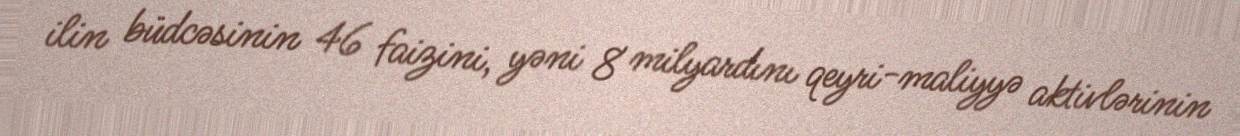
ilin büdcəsinin 46 faizini, yəni 8 milyardını qeyri-maliyyə aktivlərinin